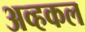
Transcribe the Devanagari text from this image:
अव्हकल